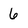
Character: 6